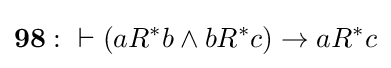
\mathbf {98:} \ \vdash (aR^{*}b\land bR^{*}c)\rightarrow aR^{*}c